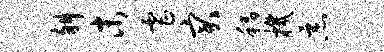
斜末虐突稻机恶